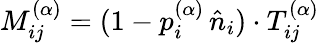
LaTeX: M_{ij}^{(\alpha)}=(1-p_{i}^{(\alpha)}\, \hat{n}_{i})\cdot T_{ij}^{(\alpha)}